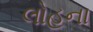
લોહના